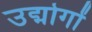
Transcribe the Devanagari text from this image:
उद्मोगों